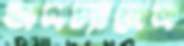
অলচ্যানেল